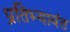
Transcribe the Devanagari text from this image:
प्रतिभ्यावंत